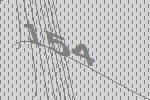
154